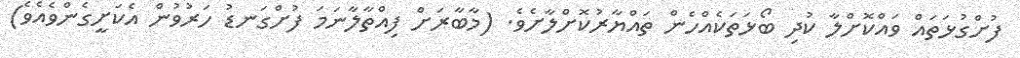
ފުށްގުޅަތައް ވައްކޮށްލާ ކުދި ބޯޅަތަކެއްހެން ތައްޔާރުކޮށްލާށެވެ. (މާބާރަށް ފިއްތާލާނަމަ ފުށްގަނޑު ހަރުވުން އެކަށީގެންވެއެވެ)